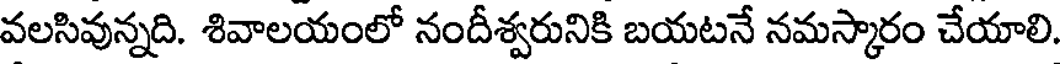
వలసివున్నది. శివాలయంలో నందీశ్వరునికి బయటనే నమస్కారం చేయాలి.